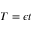
T = \epsilon t